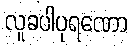
လူခပါပုရဏော